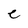
Character: c